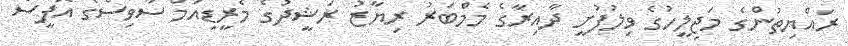
ރައްޔިތުންގެ މަޖިލީހުގެ ވިލުފުށީ ދާއިރާގެ މެމްބަރު ރިޔާޒު ރަޝީދުގެ މެރީޑިއަމް ސާވިސްގެ އޮފީސް